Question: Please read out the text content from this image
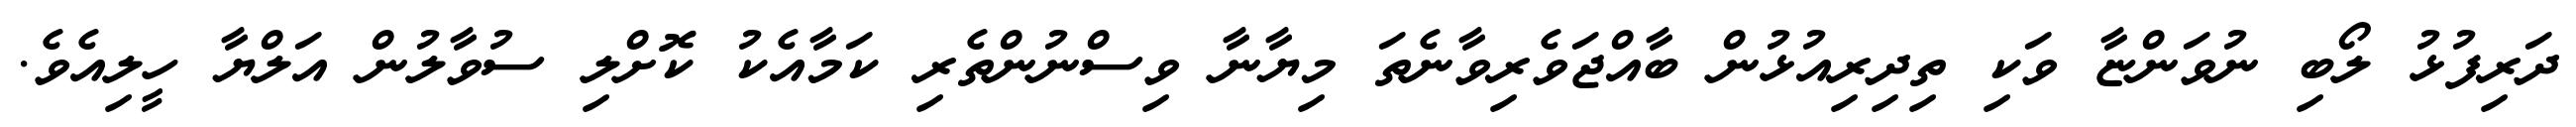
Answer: ދަރިފުޅު ލޯބި ނުވަންޏާ ވަކި ތިދިރިއުޅުން ބާއްޖަވެރިވާނެތަ މިޔާނާ ވިސްނުންތެރި ކަމާއެކު ކޮށްލި ސުވާލުން އަލްޔާ ހީލިއެވެ.